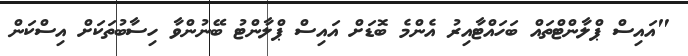
"އައިސް ޕްލާންޓްތައް ބަހައްޓާއިރު އެންމެ ބޮޑަށް އައިސް ޕްލާންޓު ބޭނުންވާ ހިސާބުތަކަށް އިސްކަން